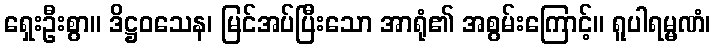
ရှေးဦးစွာ။ ဒိဋ္ဌဝသေန၊ မြင်အပ်ပြီးသော အာရုံ၏ အစွမ်းကြောင့်။ ရူပါရမ္မဏံ၊